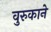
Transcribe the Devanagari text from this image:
वुरुकाने